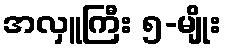
အလှူကြီး ၅-မျိုး